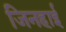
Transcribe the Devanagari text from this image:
जिनहाई